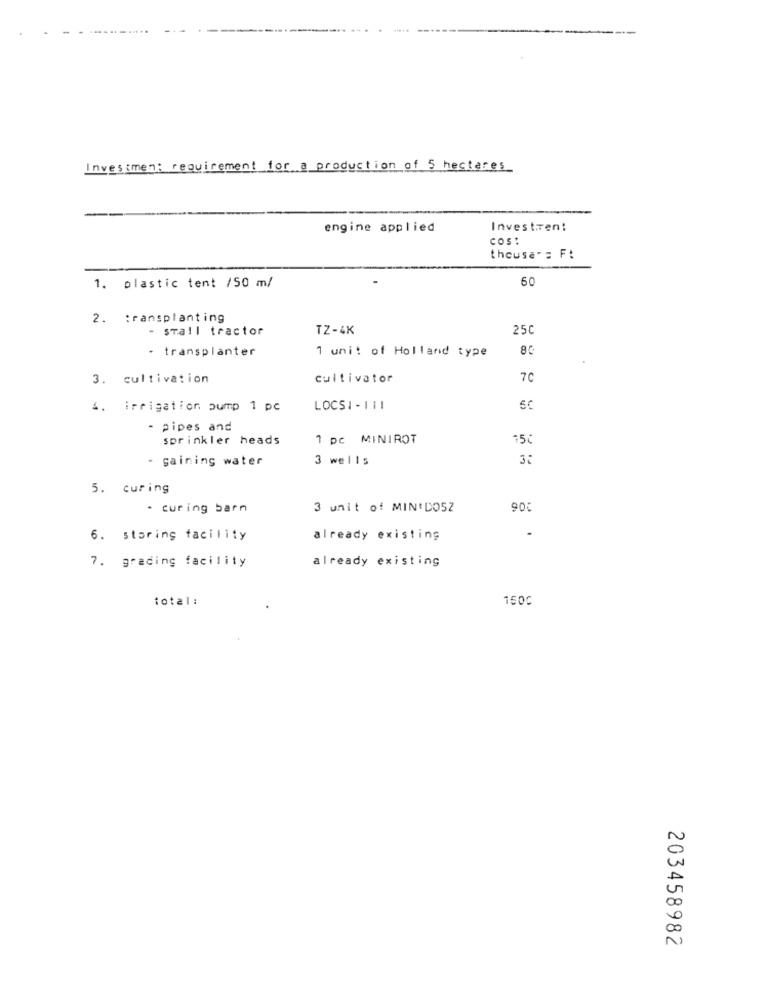
Investment requirement for a production of 5 hectares
engine applied
Investren:
COS :
theusa'= F:
60
1. plastic tent /50 ml
2. transplanting
- small tractor
TZ-4K
25℃
- transplanter
85
1 unit of Holland type
3. cultivation
cultivator
70
4. irrigation pump 1 pc
LOCSI - 111
- pipes and
sprinkler heads
1 pc MINIROT
15℃
- gaining water
3 wells
5. curing
- curing barn
3 unit of MIN'DOSZ
90
6. storing facility
already existing
already existing
7. grading facility
total:
150℃
0
20
0
203458982